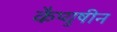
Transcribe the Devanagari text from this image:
कैप्युषीन